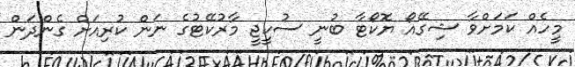
މީހެއް ކަމަށްވާ ޝިގޭއޯ ޔޮކޯޓާ ބުނީ ސުކީޖީ މާރުކޭޓުގެ ނަން ކުރިއަށް ގެންދަން